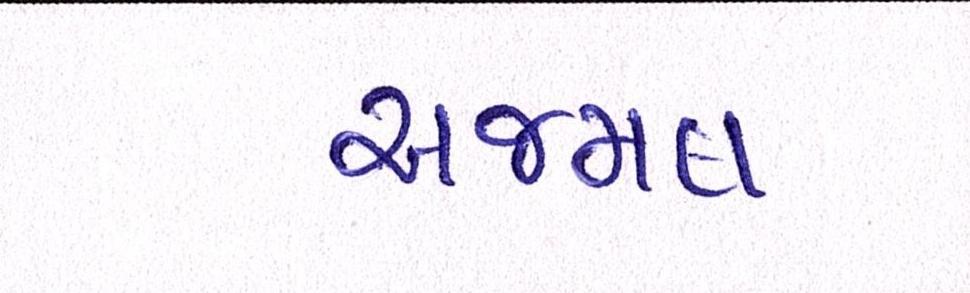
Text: અજમલ